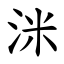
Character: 洣